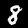
Label: 8